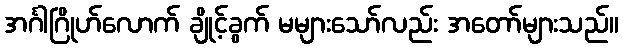
အင်္ဂါဂြိုဟ်လောက် ချိုင့်ခွက် မများသော်လည်း အတော်များသည်။